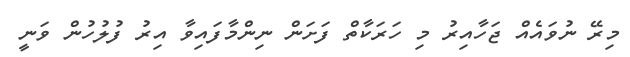
މިރޭ ނުވައެއް ޖަހާއިރު މި ހަރަކާތް ފަށަން ނިންމާފައިވާ އިރު ފުލުހުން ވަނީ